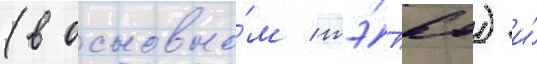
(в основно́м тэ́п60) и́